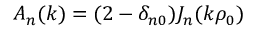
A _ { n } ( k ) = ( 2 - \delta _ { n 0 } ) J _ { n } ( k \rho _ { 0 } )